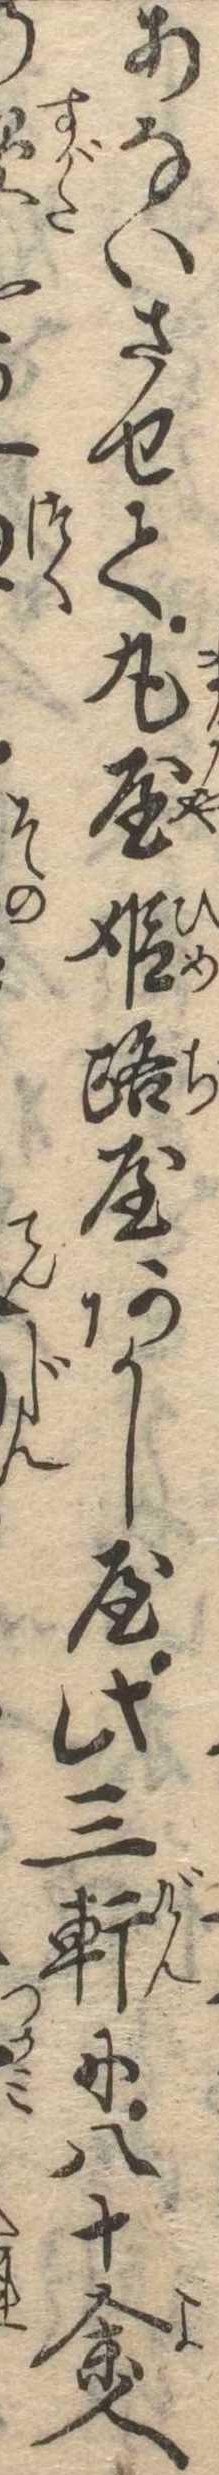
あないさせて丸屋姫路屋あかし屋此三軒に八十余人